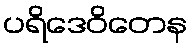
ပရိဒေဝိတေန